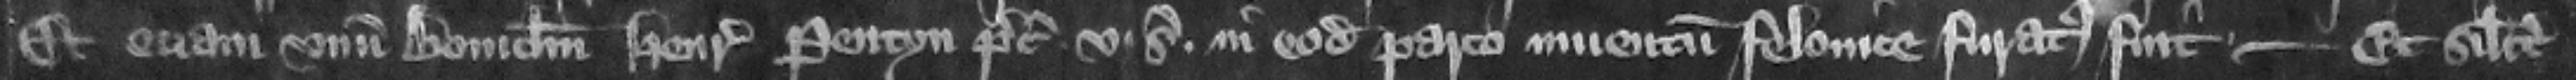
et eciam num bouiculum Henrici Pentyn precii .v. solidorum in eodem parco inuentum felonice furatus fuit -- et similiter